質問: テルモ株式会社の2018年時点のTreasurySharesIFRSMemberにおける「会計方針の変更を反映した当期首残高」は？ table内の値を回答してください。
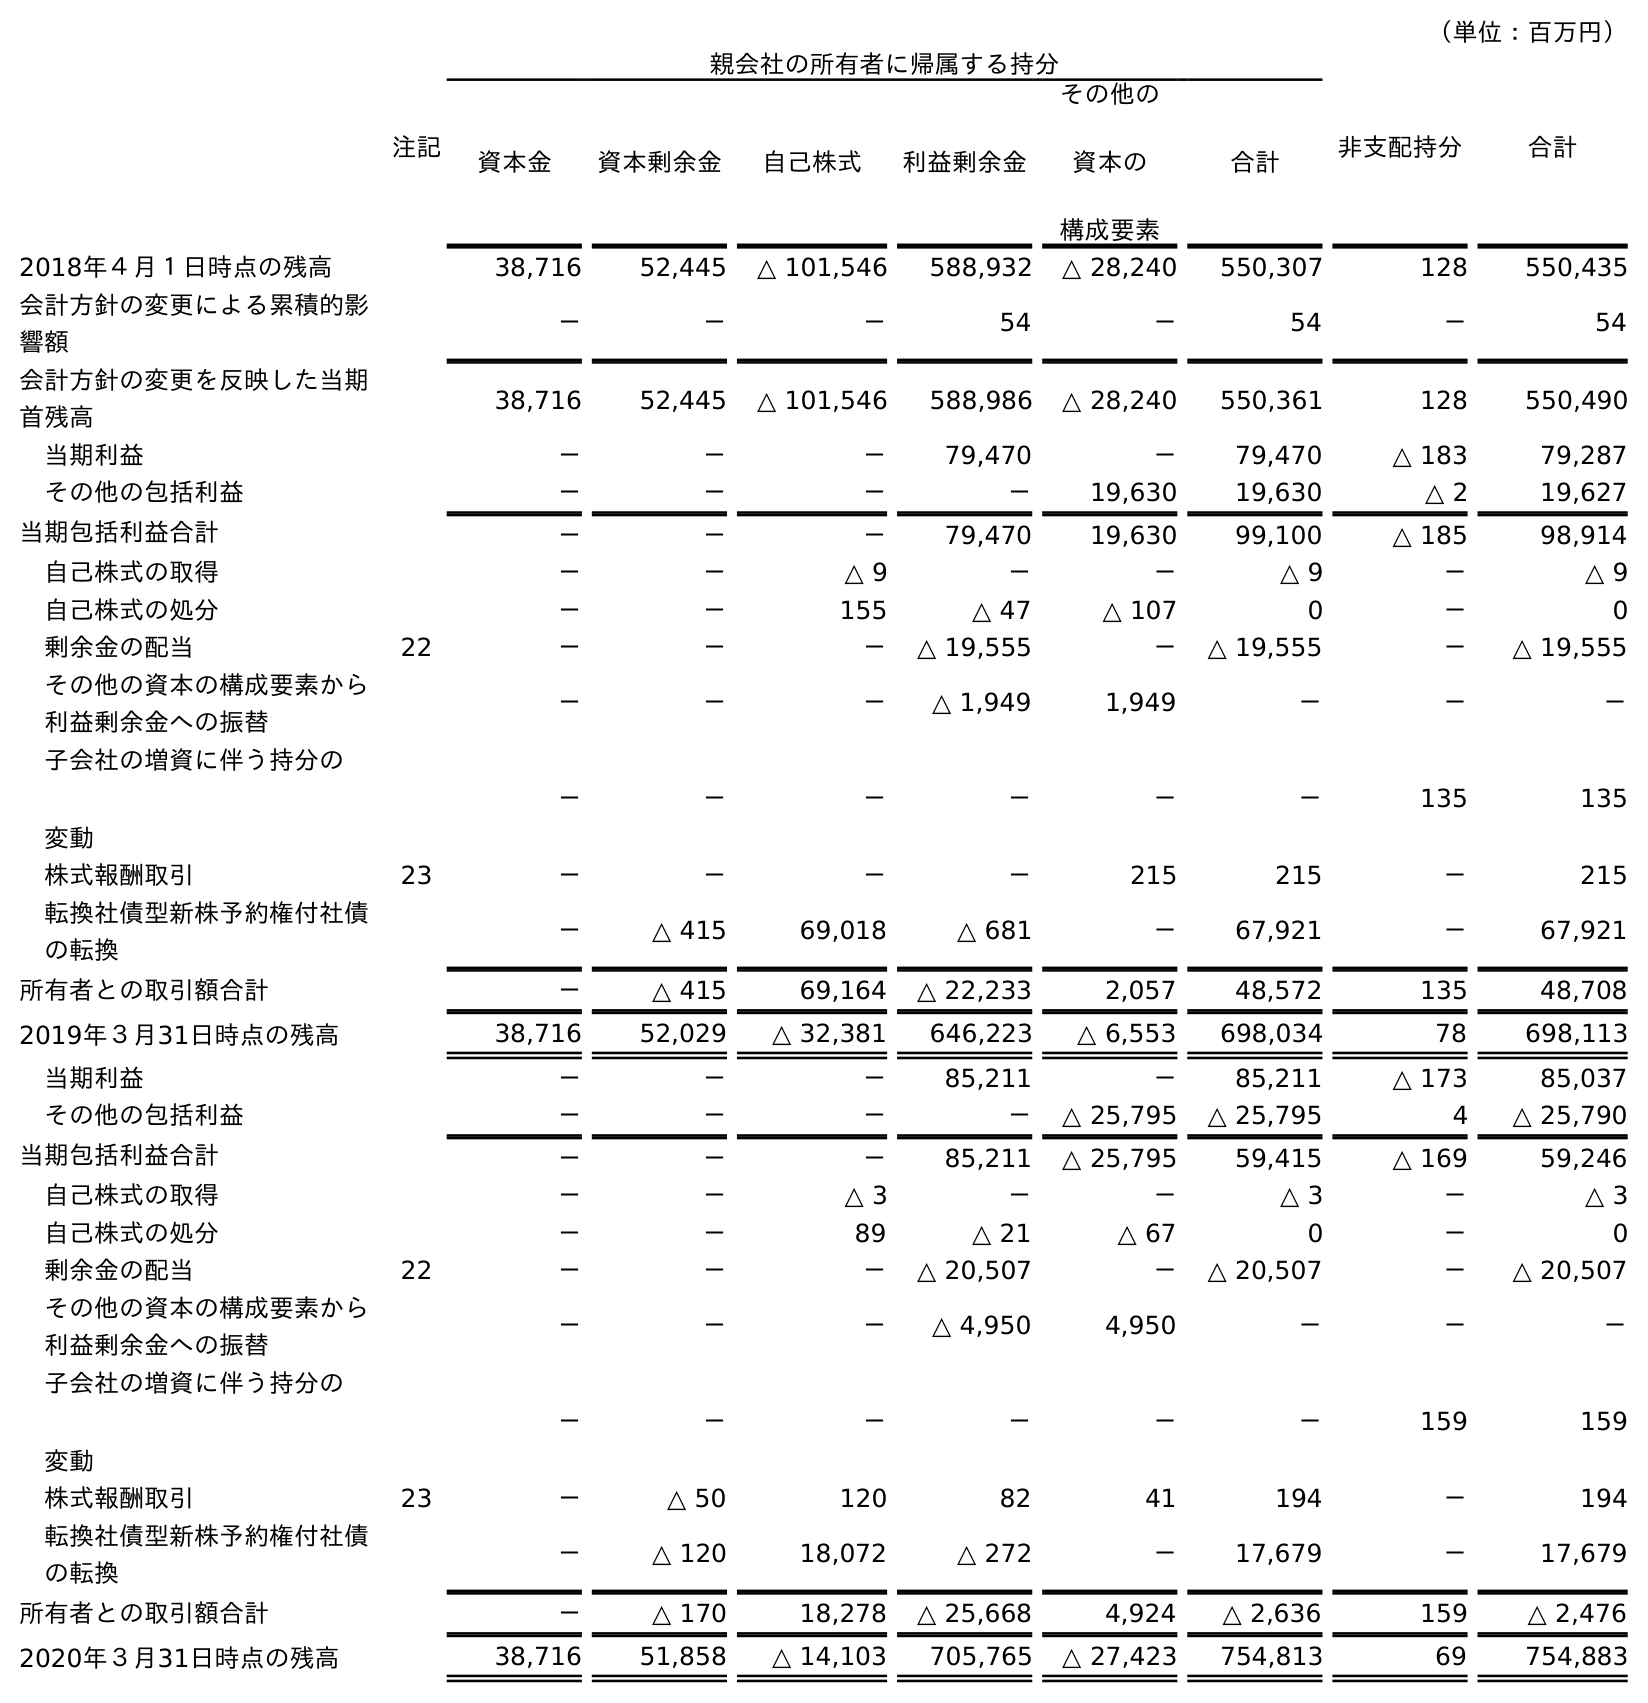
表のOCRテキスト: （単位：百万円） 注記 親会社の所有者に帰属する持分 非支配持分 合計 資本金 資本剰余金 自己株式 利益剰余金 その他の 資本の 構成要素 合計 2018年４月１日時点の残高 38,716 52,445 △ 101,546 588,932 △ 28,240 550,307 128 550,435 会計方針の変更による累積的影 響額 － － － 54 － 54 － 54 会計方針の変更を反映した当期 首残高 38,716 52,445 △ 101,546 588,986 △ 28,240 550,361 128 550,490 当期利益 － － － 79,470 － 79,470 △ 183 79,287 その他の包括利益 － － － － 19,630 19,630 △ 2 19,627 当期包括利益合計 － － － 79,470 19,630 99,100 △ 185 98,914 自己株式の取得 － － △ 9 － － △ 9 － △ 9 自己株式の処分 － － 155 △ 47 △ 107 0 － 0 剰余金の配当 22 － － － △ 19,555 － △ 19,555 － △ 19,555 その他の資本の構成要素から 利益剰余金への振替 － － － △ 1,949 1,949 － － － 子会社の増資に伴う持分の 変動 － － － － － － 135 135 株式報酬取引 23 － － － － 215 215 － 215 転換社債型新株予約権付社債 の転換 － △ 415 69,018 △ 681 － 67,921 － 67,921 所有者との取引額合計 － △ 415 69,164 △ 22,233 2,057 48,572 135 48,708 2019年３月31日時点の残高 38,716 52,029 △ 32,381 646,223 △ 6,553 698,034 78 698,113 当期利益 － － － 85,211 － 85,211 △ 173 85,037 その他の包括利益 － － － － △ 25,795 △ 25,795 4 △ 25,790 当期包括利益合計 － － － 85,211 △ 25,795 59,415 △ 169 59,246 自己株式の取得 － － △ 3 － － △ 3 － △ 3 自己株式の処分 － － 89 △ 21 △ 67 0 － 0 剰余金の配当 22 － － － △ 20,507 － △ 20,507 － △ 20,507 その他の資本の構成要素から 利益剰余金への振替 － － － △ 4,950 4,950 － － － 子会社の増資に伴う持分の 変動 － － － － － － 159 159 株式報酬取引 23 － △ 50 120 82 41 194 － 194 転換社債型新株予約権付社債 の転換 － △ 120 18,072 △ 272 － 17,679 － 17,679 所有者との取引額合計 － △ 170 18,278 △ 25,668 4,924 △ 2,636 159 △ 2,476 2020年３月31日時点の残高 38,716 51,858 △ 14,103 705,765 △ 27,423 754,813 69 754,883
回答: △101,546